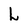
Character: L